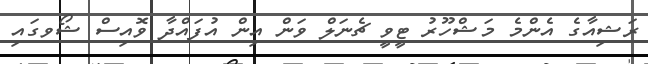
ރަޝިއާގެ އެންމެ މަޝްހޫރު ޓީވީ ޗެނަލް ވަން އިން އުފައްދާ ވޮއިސް ޝޯވގައި